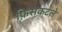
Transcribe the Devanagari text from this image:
फ़िसकटले